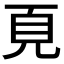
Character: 𩑋